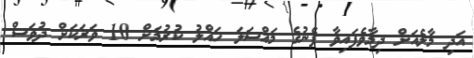
އަދި މާލެއަށް ދިމާވެފައިވާ ފެނުގެ މައްސަލަ ހައްލު ކުރުމަށް 10 ވަރަކަށް ދުވަސް